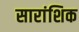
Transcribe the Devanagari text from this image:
सारांशिक